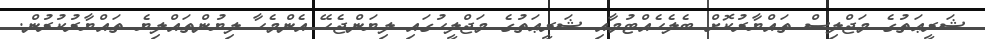
ޝަރީޢަތުގެ މަޖްލިސް ތައްޔާރުކޮށް ބެލެހެއްޓުމާއި ޝަރީޢަތުގެ މަޖްލީހުގައި ލިޔަންޖެހޭ އެންމެހާ ލިޔުންތައްލިޔެ ތައްޔާރުކުރުން.